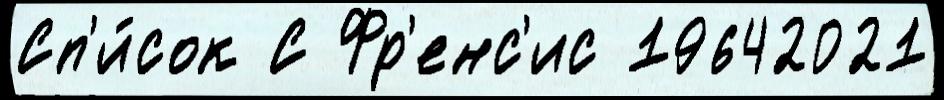
Сп'и́сок С Фр'енс'ис 19642021